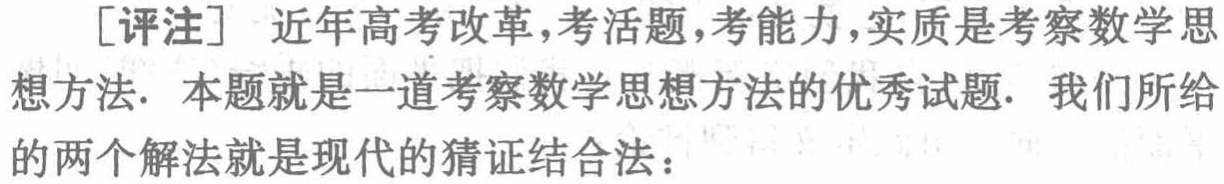
[评注] 近年高考改革,考活题,考能力,实质是考察数学思想方法. 本题就是一道考察数学思想方法的优秀试题. 我们所给的两个解法就是现代的猜证结合法：